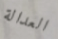
العدالة